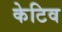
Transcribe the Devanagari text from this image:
केटिव